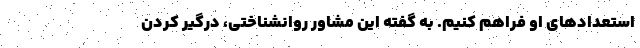
استعدادهای او فراهم کنیم. به گفته این مشاور روانشناختی، درگیر کردن